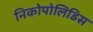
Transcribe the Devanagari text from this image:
निकोपोलिडिस